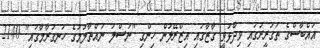
އައްބާސްގެ ތަގުރީރުގައި ވިދާޅުވީ ގާޒާގައި އިޒްރޭލުން ހިންގި "ނަސްލު ނައްތާލުމުގެ ހަނގުރާމާގައި" 2140